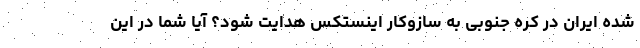
شده ایران در کره جنوبی به سازوکار اینستکس هدایت شود؟ آیا شما در این